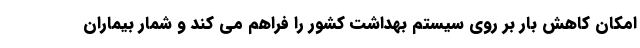
امکان کاهش بار بر روی سیستم بهداشت کشور را فراهم می کند و شمار بیماران